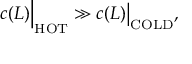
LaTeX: c ( L ) \Big | _ { \mathrm { H O T } } \gg c ( L ) \big | _ { \mathrm { C O L D } } ,